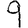
Digit: 9